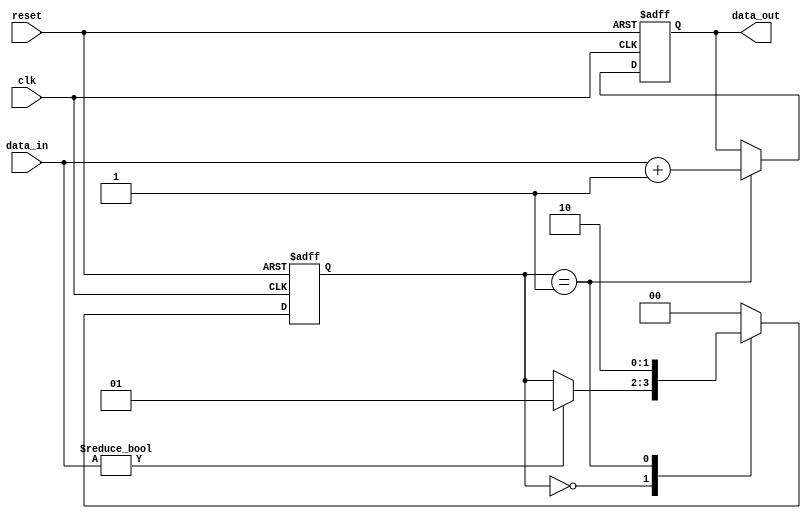
module sequential_logic (
    input wire clk,          // Clock input
    input wire reset,        // Asynchronous reset input
    input wire [3:0] data_in, // 4-bit input signal
    output reg [3:0] data_out // 4-bit output signal
);

    // State declaration
    reg [1:0] state; // 2-bit state variable
    parameter IDLE = 2'b00, PROCESS = 2'b01, DONE = 2'b10;

    // Sequential logic block
    always @(posedge clk or posedge reset) begin
        if (reset) begin
            // Reset state and output
            state <= IDLE;
            data_out <= 4'b0000;
        end else begin
            // State transition logic
            case (state)
                IDLE: begin
                    if (data_in != 4'b0000) begin
                        state <= PROCESS; // Transition to PROCESS state
                    end
                end
                PROCESS: begin
                    // Example processing: increment the input data
                    data_out <= data_in + 1;
                    state <= DONE; // Transition to DONE state
                end
                DONE: begin
                    // Hold the output for one clock cycle
                    state <= IDLE; // Transition back to IDLE state
                end
                default: state <= IDLE; // Default case to handle unexpected states
            endcase
        end
    end

endmodule